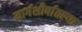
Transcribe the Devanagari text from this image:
मार्गशीर्षातल्या